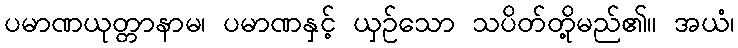
ပမာဏယုတ္တာနာမ၊ ပမာဏနှင့် ယှဉ်သော သပိတ်တို့မည်၏။ အယံ၊